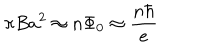
LaTeX: \pi B a ^ { 2 } \approx n \Phi _ { 0 } \approx \frac { n \hbar } { e }